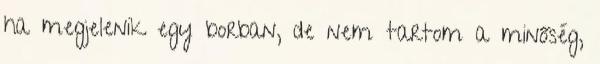
ha megjelenik egy borban, de nem tartom a minőség,